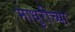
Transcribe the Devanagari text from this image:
माधुरीच्या